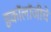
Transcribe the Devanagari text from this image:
इकॉलॉजीचे